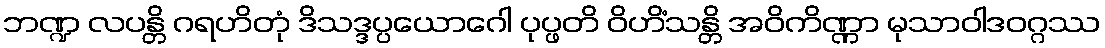
ဘဏ္ဍ လပန္တိ ဂရဟိတုံ ဒိသဒ္ဒပ္ပယောဂေါ ပုပ္ဖတိ ဝိဟိံသန္တိ အဝိကိဏ္ဏာ မုသာဝါဒဝဂ္ဂဿ